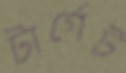
টার্গেট